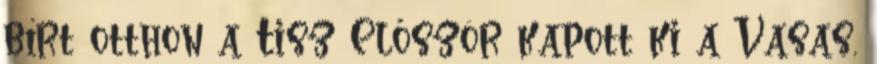
bírt otthon a Tisz Először kapott ki a Vasas,